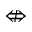
\nLeftrightarrow